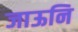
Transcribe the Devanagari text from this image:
जाऊनि